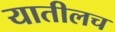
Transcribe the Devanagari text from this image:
यातीलच